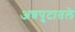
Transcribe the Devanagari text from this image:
अन्नपुटातले